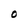
Character: O